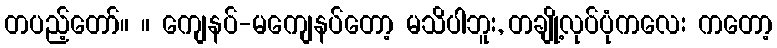
တပည့်တော်။ ။ ကျေနပ်-မကျေနပ်တော့ မသိပါဘူး, တချို့လုပ်ပုံကလေး ကတော့